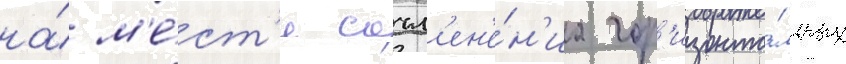
на́ м'е́ст'е сочл'ен'е́н'иа гор'изонта́льных